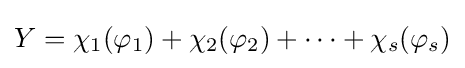
Y=\chi _{1}(\varphi _{1})+\chi _{2}(\varphi _{2})+\cdots +\chi _{s}(\varphi _{s})